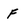
Character: f